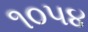
૧૦૫૪